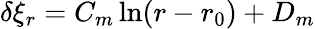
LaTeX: \delta\xi_{r}=C_{m}\ln(r-r_{0})+D_{m}